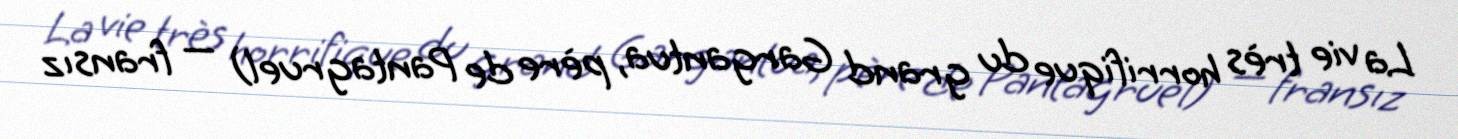
La vie très horrifique du grand Gargantua, père de Pantagruel) — fransız